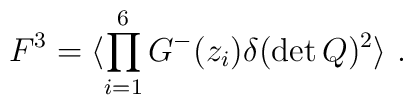
F^3=\langle \prod_{i=1}^6G^-(z_i) \delta (\det Q)^2\rangle\ .